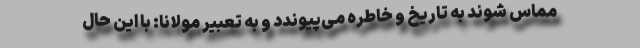
مماس شوند به تاریخ و خاطره می‌پیوندد و به تعبیر مولانا: با این حال